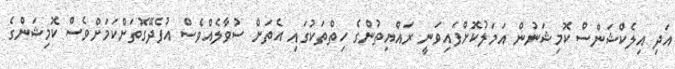
އަދި އިލެކްޝަންސް ކޮމިޝަނުން އަމަލުކޮށްފައިވަނީ ރައްޔިތުންގެ ހިތްތަކުގައި އެތަށް ސުވާލެއްވެސް އުފެދޭގޮތަށްކަމަށްވެސް ކޮމިޝަންގެ